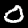
Digit: 0